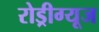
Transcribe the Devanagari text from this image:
रोड्रीग्यूज